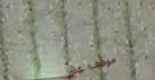
موقف عام